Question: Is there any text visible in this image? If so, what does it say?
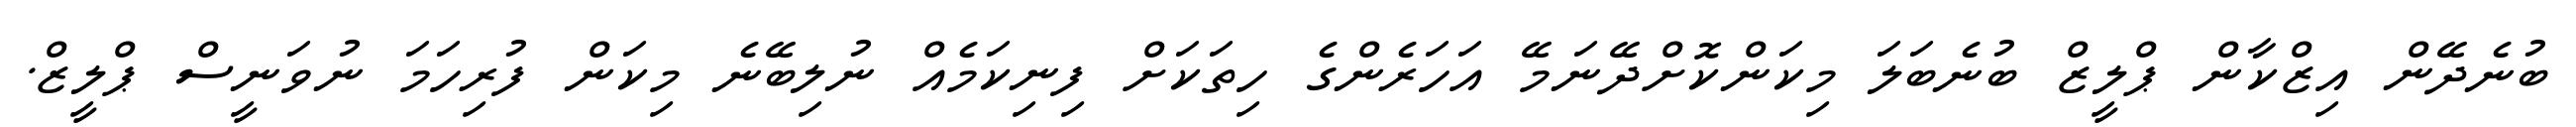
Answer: ބުނެދޭން އިޒްކާން ޕްލީޒް ބުނެބަލަ މިކަންކޮށްދޭނަމޭ އަހަރެންގެ ހިތަކަށް ފިނިކަމެއް ނުލިބޭނެ މިކަން ފުރިހަމަ ނުވަނީސް ޕްލީޒް.